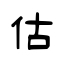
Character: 估